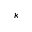
\kappa